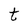
Character: t